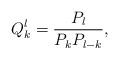
LaTeX: \begin{align*}Q_k^l=\frac{P_l}{P_kP_{l-k}},\end{align*}